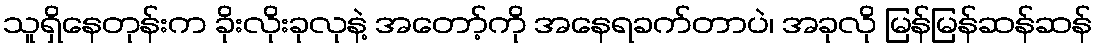
သူရှိနေတုန်းက ခိုးလိုးခုလုနဲ့ အတော့်ကို အနေရခက်တာပဲ၊ အခုလို မြန်မြန်ဆန်ဆန်